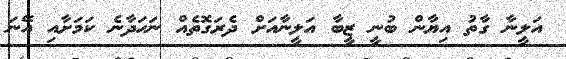
އަލީނާ ގާތު އިޔާން ބުނީ ޒީބާ އަލީނާއަށް ދެރަގޮތެއް ނަހަދާނެ ކަމަށާއި އޭނަ